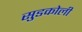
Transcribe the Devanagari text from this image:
सुडकोली